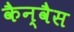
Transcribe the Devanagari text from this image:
कैन्वैस